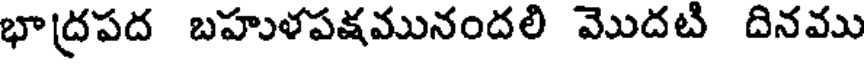
భాద్రపద బహుళపక్షమునందలి మొదటి దినము